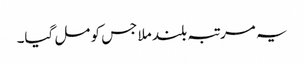
یہ مرتبہ بلند ملا جس کو مل گیا۔